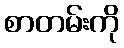
စာတမ်းကို